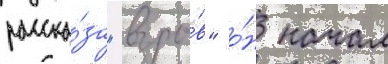
расска́за "взры́в" о́н начал